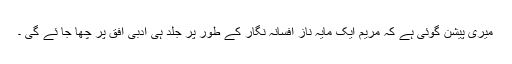
میری پیشن گوئی ہے کہ مریم ایک مایہ ناز افسانہ نگار کے طور پر جلد ہی ادبی افق پر چھا جا ئے گی ۔